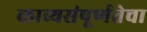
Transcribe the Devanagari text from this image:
काव्यसंपूर्णतेचा